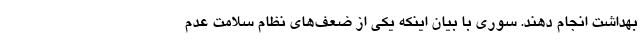
بهداشت انجام دهند. سوری با بیان اینکه یکی از ضعف‌های نظام سلامت عدم